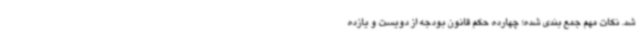
شد. نکات مهم جمع بندی شده؛ چهارده حکم قانون بودجه از دویست و یازده